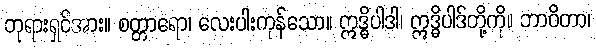
ဘုရားရှင်အား။ စတ္တာရော၊ လေးပါးကုန်သော။ ဣဒ္ဓိပါဒါ၊ ဣဒ္ဓိပါဒ်တို့ကို။ ဘာဝိတာ၊